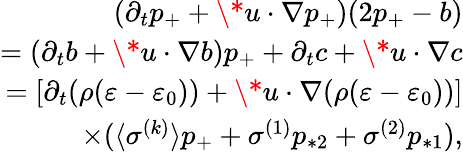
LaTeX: \begin{array}{r}{(\partial_{t}p_{+}+\* u\cdot\nabla p_{+})(2p_{+}-b)}\\ {=(\partial_{t}b+\* u\cdot\nabla b)p_{+}+\partial_{t}c+\* u\cdot\nabla c}\\ {=[\partial_{t}(\rho(\varepsilon-\varepsilon_{0}))+\* u\cdot\nabla(\rho(\varepsilon-\varepsilon_{0}))]}\\ {\times(\langle\sigma^{(k)}\rangle p_{+}+\sigma^{(1)}p_{*2}+\sigma^{(2)}p_{*1}),}\end{array}